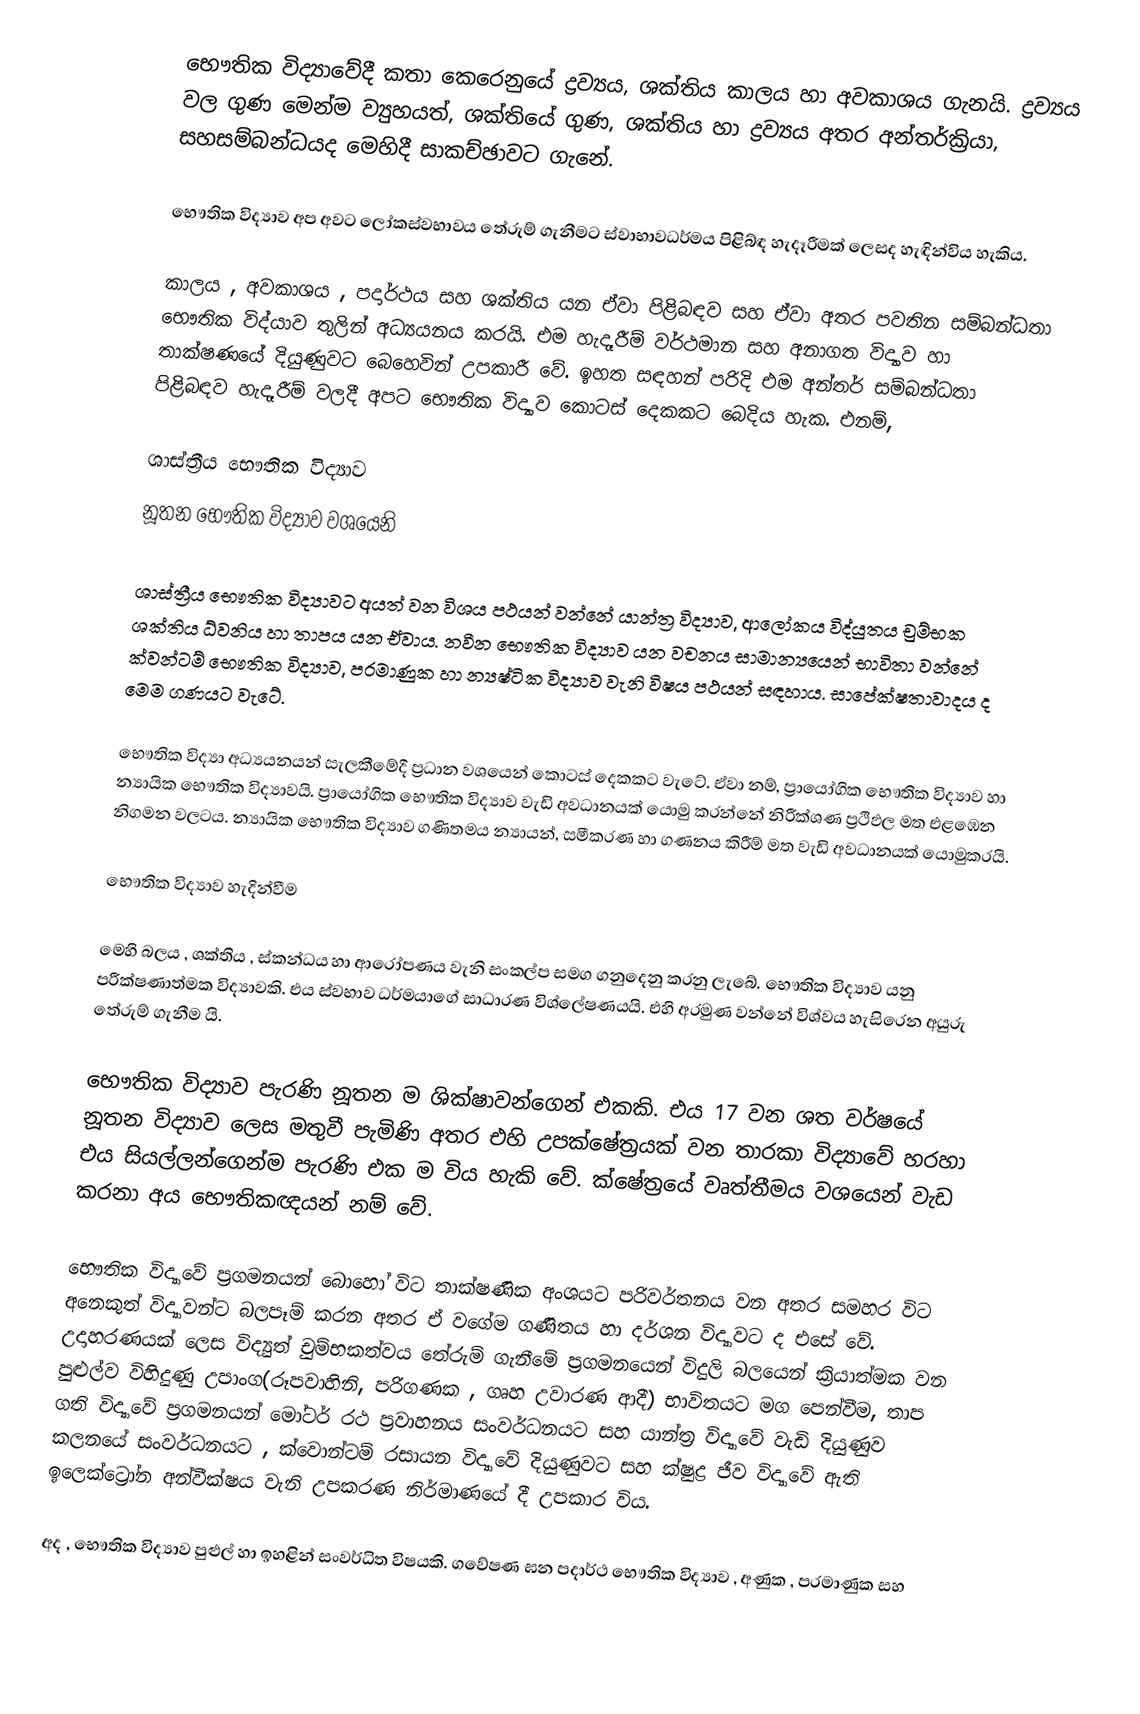
භෞතික විද්‍යාවේදී කතා කෙරෙනුයේ ද්‍රව්‍යය, ශක්තිය කාලය හා අවකාශය ගැනයි. ද්‍රව්‍යය වල ගුණ මෙන්ම ව්‍යුහයත්, ශක්තියේ ගුණ, ශක්තිය හා ද්‍රව්‍යය අතර අන්තර්ක්‍රියා, සහසම්බන්ධයද මෙහිදී සාකච්ඡාවට ගැනේ.

භෞතික විද්‍යාව අප අවට ලෝකස්වභාවය තේරුම් ගැනීමට ස්වාභාවධර්මය පිළිබ්ඳ හැදෑරීමක් ලෙසද හැඳින්විය හැකිය.

කාලය , අවකාශය , පදාර්ථය සහ ශක්තිය යන ඒවා පිළිබඳව සහ ඒවා අතර පවතින සම්බන්ධතා භෞතික විද්යාව තුලින් අධ්‍යයනය කරයි. එම හැදෑරීම් වර්ථමාන සහ අනාගත විද්‍යාව හා තාක්ෂණයේ දියුණුවට බෙහෙවින් උපකාරී වේ. ඉහත සඳහන් පරිදි එම අන්තර් සම්බන්ධතා පිළිබඳව හැදෑරීම් වලදී අපට භෞතික විද්‍යාව කොටස් දෙකකට බෙදිය හැක. එනම්,

 ශාස්ත්‍රීය භෞතික විද්‍යාව
 නූතන භෞතික විද්‍යාව වශයෙනි

ශාස්ත්‍රීය භෞතික විද්‍යාවට අයත් වන විශය පථයන් වන්නේ යාන්ත්‍ර විද්‍යාව, ආලෝකය විද්යුතය චුම්භක ශක්තිය ධ්වනිය හා තාපය යන ඒවාය. නවීන භෞතික විද්‍යාව යන වචනය සාමාන්‍යයෙන් භාවිතා වන්නේ ක්වන්ටම් භෞතික විද්‍යාව, පරමාණුක හා න්‍යෂ්ටික විද්‍යාව වැනි විෂය පථයන් සඳහාය. සාපේක්ෂතාවාදය ද මෙම ගණයට වැටේ.

භෞතික විද්‍යා අධ්‍යයනයන් සැලකීමේදී ප්‍රධාන වශයෙන් කොටස් දෙකකට වැටේ. ඒවා නම්, ප්‍රායෝගික භෞතික විද්‍යාව හා න්‍යායික භෞතික විද්‍යාවයි. ප්‍රායෝගික භෞතික විද්‍යාව වැඩි අවධානයක් යොමු කරන්නේ නිරීක්ශණ ප්‍රථිඵල මත එළඹෙන නිගමන වලටය. න්‍යායික භෞතික විද්‍යාව ගණිතමය න්‍යායන්, සමීකරණ හා ගණනය කිරීම් මත වැඩි අවධානයක් යොමුකරයි.

භෞතික විද්‍යාව හැදින්වීම

මෙහි බලය , ශක්තිය , ස්කන්ධය හා ආරෝපණය වැනි සංකල්ප සමග ගනුදෙනු කරනු ලැබේ. භෞතික විද්‍යාව යනු පරීක්ෂණාත්මක විද්‍යාවකි. එය ස්වභාව ධර්මයාගේ සාධාරණ  විශ්ලේෂණයයි. එහි අරමුණ වන්නේ විශ්වය හැසිරෙන අයුරු තේරුම් ගැනීම යි.

භෞතික විද්‍යාව පැරණි නූතන ම ශික්ෂාවන්ගෙන් එකකි. එය 17 වන ශත වර්ෂයේ නූතන විද්‍යාව ලෙස මතුවී පැමිණි අතර එහි උපක්ෂේත්‍රයක් වන  තාරකා විද්‍යාවේ හරහා එය සියල්ලන්ගෙන්ම පැරණි එක ම විය හැකි  වේ. ක්ෂේත්‍රයේ වෘත්තීමය වශයෙන් වැඩ කරනා අය භෞතිකඥයන් නම් වේ.

භෞතික විද්‍යාවේ ප්‍රගමනයන් බොහෝ විට තාක්ෂණික අංශයට පරිවර්තනය වන අතර සමහර විට අනෙකුත්  විද්‍යාවන්ට බලපෑම් කරන අතර ඒ වගේම ගණිතය හා දර්ශන විද්‍යාවට ද එසේ වේ. උදාහරණයක් ලෙස විද්‍යුත් චුම්භකත්වය තේරුම් ගැනීමේ ප්‍රගමනයෙන් විදුලි බලයෙන් ක්‍රියාත්මක වන පුළුල්ව විහිදුණු උපාංග(රූපවාහිනි, පරිගණක , ගෘහ උවාරණ ආදී) භාවිතයට මග පෙන්වීම, තාප ගති විද්‍යාවේ ප්‍රගමනයන් මෝටර් රථ ප්‍රවාහනය සංවර්ධනයට සහ යාන්ත්‍ර විද්‍යාවේ වැඩි දියුණුව කලනයේ සංවර්ධනයට , ක්වොන්ටම් රසායන විද්‍යාවේ දියුණුවට සහ ක්ෂුද්‍ර ජීව විද්‍යාවේ ඇති ඉලෙක්ට්‍රෝන අන්වීක්ෂය වැනි උපකරණ නිර්මාණයේ දී උපකාර විය.

අද , භෞතික විද්‍යාව පුළුල් හා ඉහළින් සංවර්ධිත විෂයකි. ගවේෂණ ඝන පදාර්ථ භෞතික විද්‍යාව , අණුක , පරමාණුක සහ